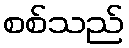
စစ်သည်